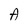
Character: A